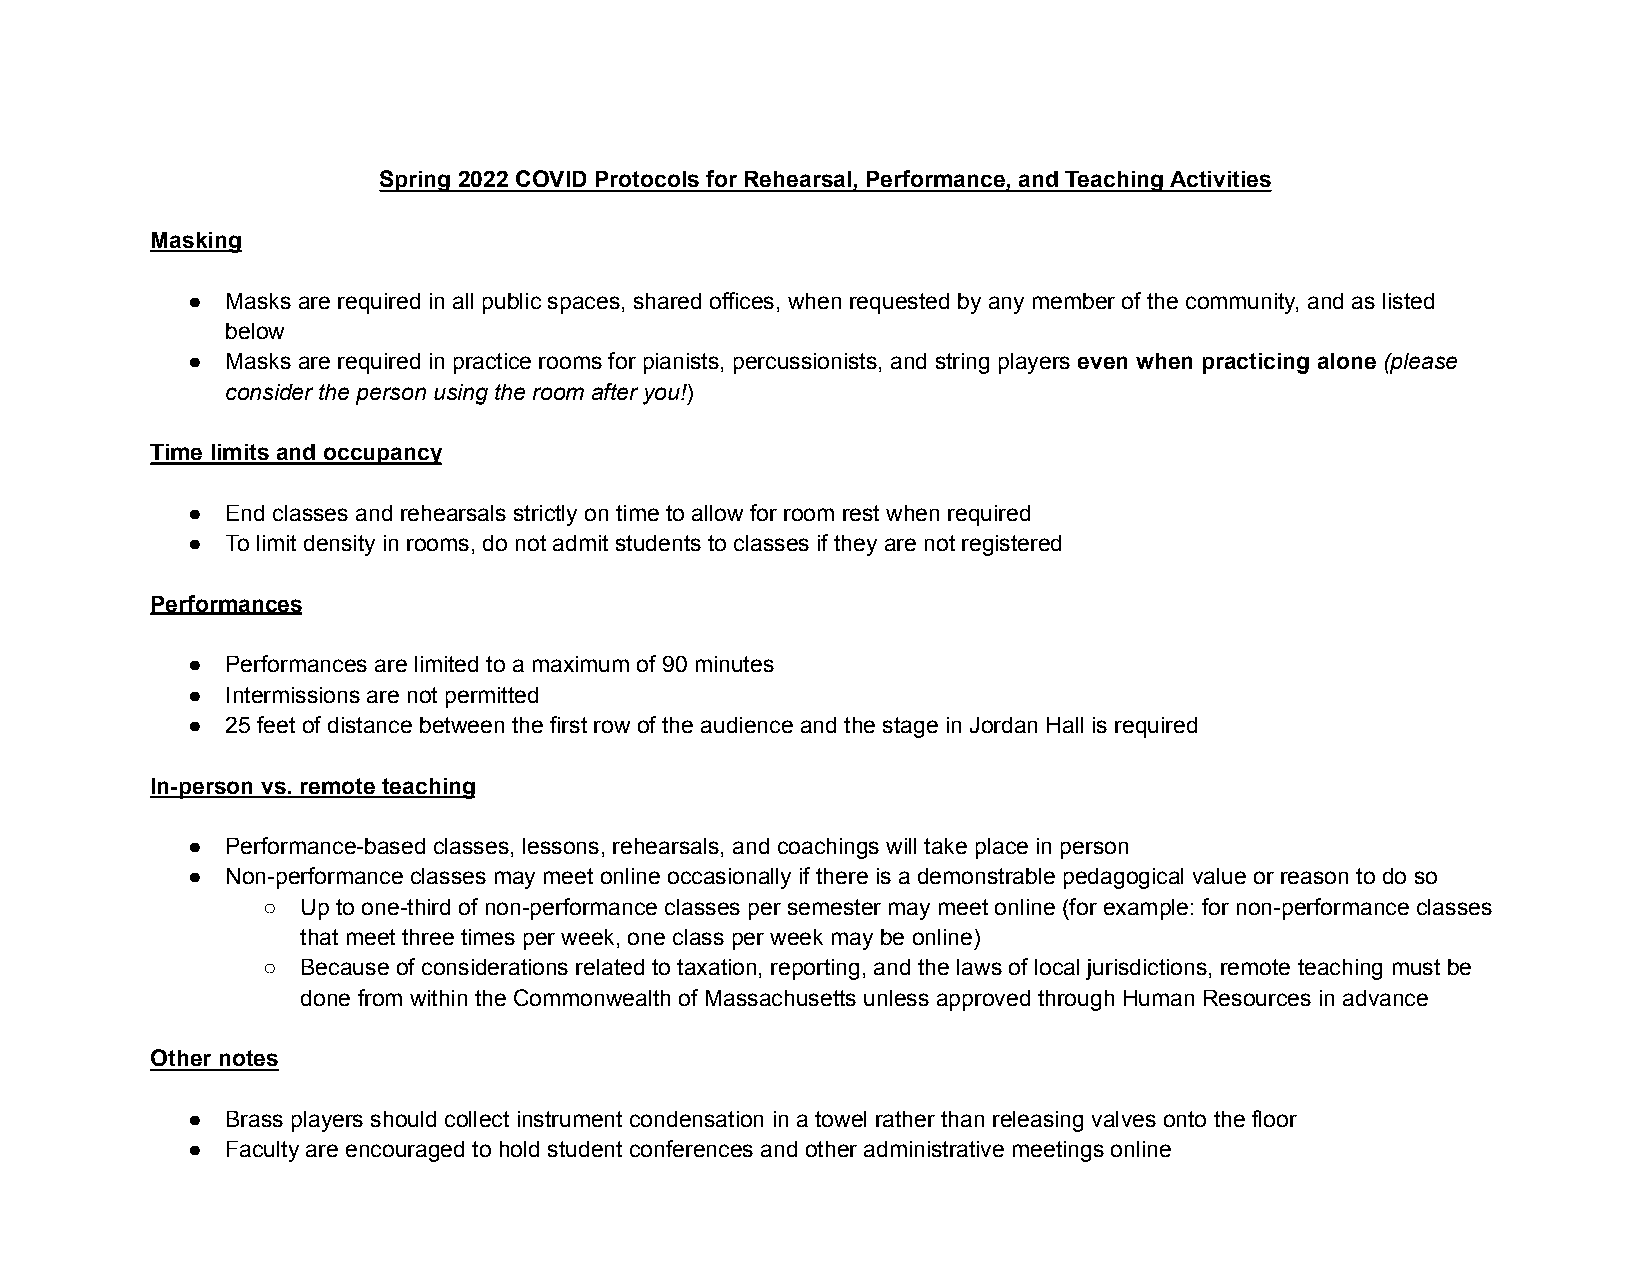
Spring 2022 COVID Protocols for Rehearsal, Performance, and Teaching Activities
 Masking
 ●  Masks are required in all public spaces, shared offices, when requested by any member of the community, and as listed
 below
 ●  Masks are required in practice rooms for pianists, percussionists, and string players even when practicing alone (please
 consider the person using the room after you!)
 Time limits and occupancy
 ●  End classes and rehearsals strictly on time to allow for room rest when required
 ●  To limit density in rooms, do not admit students to classes if they are not registered
 Performances
 ●  Performances are limited to a maximum of 90 minutes
 ●  Intermissions are not permitted
 ●  25 feet of distance between the first row of the audience and the stage in Jordan Hall is required
 In-person vs. remote teaching
 ●  Performance-based classes, lessons, rehearsals, and coachings will take place in person
 ●  Non-performance classes may meet online occasionally if there is a demonstrable pedagogical value or reason to do so
 ○  Up to one-third of non-performance classes per semester may meet online (for example: for non-performance classes
 that meet three times per week, one class per week may be online)
 ○  Because of considerations related to taxation, reporting, and the laws of local jurisdictions, remote teaching must be
 done from within the Commonwealth of Massachusetts unless approved through Human Resources in advance
 Other notes
 ●  Brass players should collect instrument condensation in a towel rather than releasing valves onto the floor
 ●  Faculty are encouraged to hold student conferences and other administrative meetings online